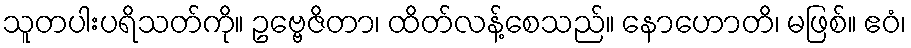
သူတပါးပရိသတ်ကို။ ဥဗ္ဗေဇိတာ၊ ထိတ်လန့်စေသည်။ နောဟောတိ၊ မဖြစ်။ ဧဝံ၊